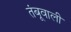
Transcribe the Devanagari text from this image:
तंबूवाली